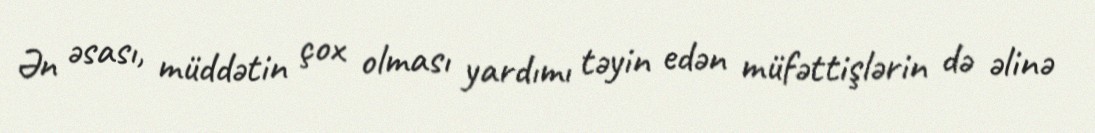
Ən əsası, müddətin çox olması yardımı təyin edən müfəttişlərin də əlinə